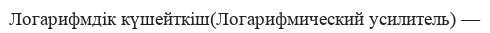
Логарифмдік күшейткіш(Логарифмический усилитель) —